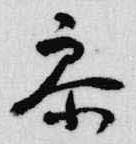
参